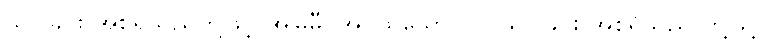
သင်ခြင်း အစရှိသည်တို့ဖြင့် အမြဲမှီဝဲအပ်ထသော။ ဝါ၊ သင်ခြင်း အစရှိသည် တို့ဖြင့်